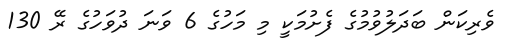
ވެރިކަން ބަދަލުވުމުގެ ފެށުމަކީ މި މަހުގެ 6 ވަނަ ދުވަހުގެ ރޭ 130